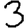
Digit: 3